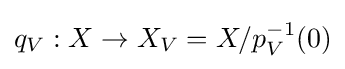
q_{V}:X\to X_{V}=X/p_{V}^{-1}(0)